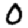
Digit: 0